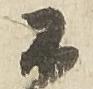
不